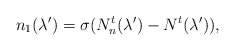
\begin{align*}{n_1}(\lambda')=\sigma(N^t_n(\lambda')-N^t(\lambda')),\end{align*}